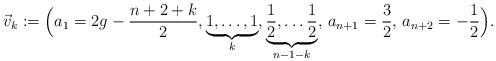
LaTeX: \begin{align*}\vec{v}_k := \Big( a_1 = 2g - \frac{n+2+k}{2},\underbrace{1, \dots, 1}_{k}, \underbrace{\frac 12, \dots \frac 12}_{n-1-k}, \,a_{n+1} = \frac 3 2, \,a_{n+2} = -\frac 1 2 \Big).\end{align*}